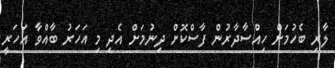
ލާރި ބެހުމަށް ހިއްސާދާރުން ފާސްކޮށް ދިނުމަށް އެދި މި އަހަރު ބާއްވާ އަހަރީ